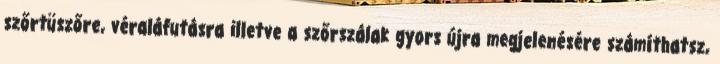
szőrtüszőre, véraláfutásra illetve a szőrszálak gyors újra megjelenésére számíthatsz,